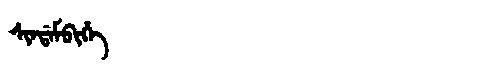
Manchu: ᠰᡳᠨᡩᠠᠮᠪᡳᡥᡝ
Romanization: SINDAMBIHE